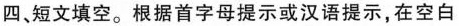
四、短文填空。根据首字母提示或汉语提示,在空白